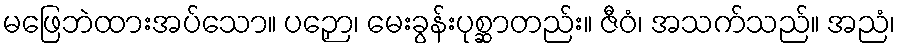
မဖြေဘဲထားအပ်သော။ ပဉှော၊ မေးခွန်းပုစ္ဆာတည်း။ ဇီဝံ၊ အသက်သည်။ အညံ၊